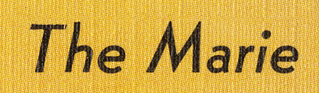
The Marie